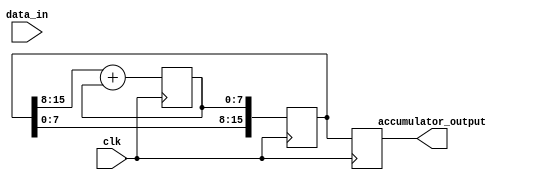
module cascaded_accumulator (
    input clk,
    input [7:0] data_in,
    output reg [15:0] accumulator_output
);

reg [15:0] accumulator_internal;
reg [7:0] data_out;

always @(posedge clk) begin
    // First arithmetic block
    data_out <= accumulator_internal[7:0] + data_in;
    accumulator_internal <= {8'b0, data_out};

    // Second arithmetic block
    data_out <= accumulator_internal[15:8] + data_out;
    accumulator_internal <= {accumulator_internal[7:0], data_out};

    // Final output
    accumulator_output <= accumulator_internal;
end

endmodule